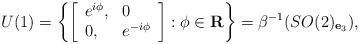
LaTeX: \begin{align*}U(1)=\left\{\left[\begin{array}{ll}e^{i\phi},&0\\0,&e^{-i\phi}\end{array}\right]:\phi\in{\bf R}\right\}=\beta^{-1}(SO(2)_{{\bf e}_3}),\end{align*}